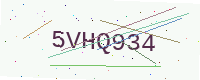
Text: 5VHQ934